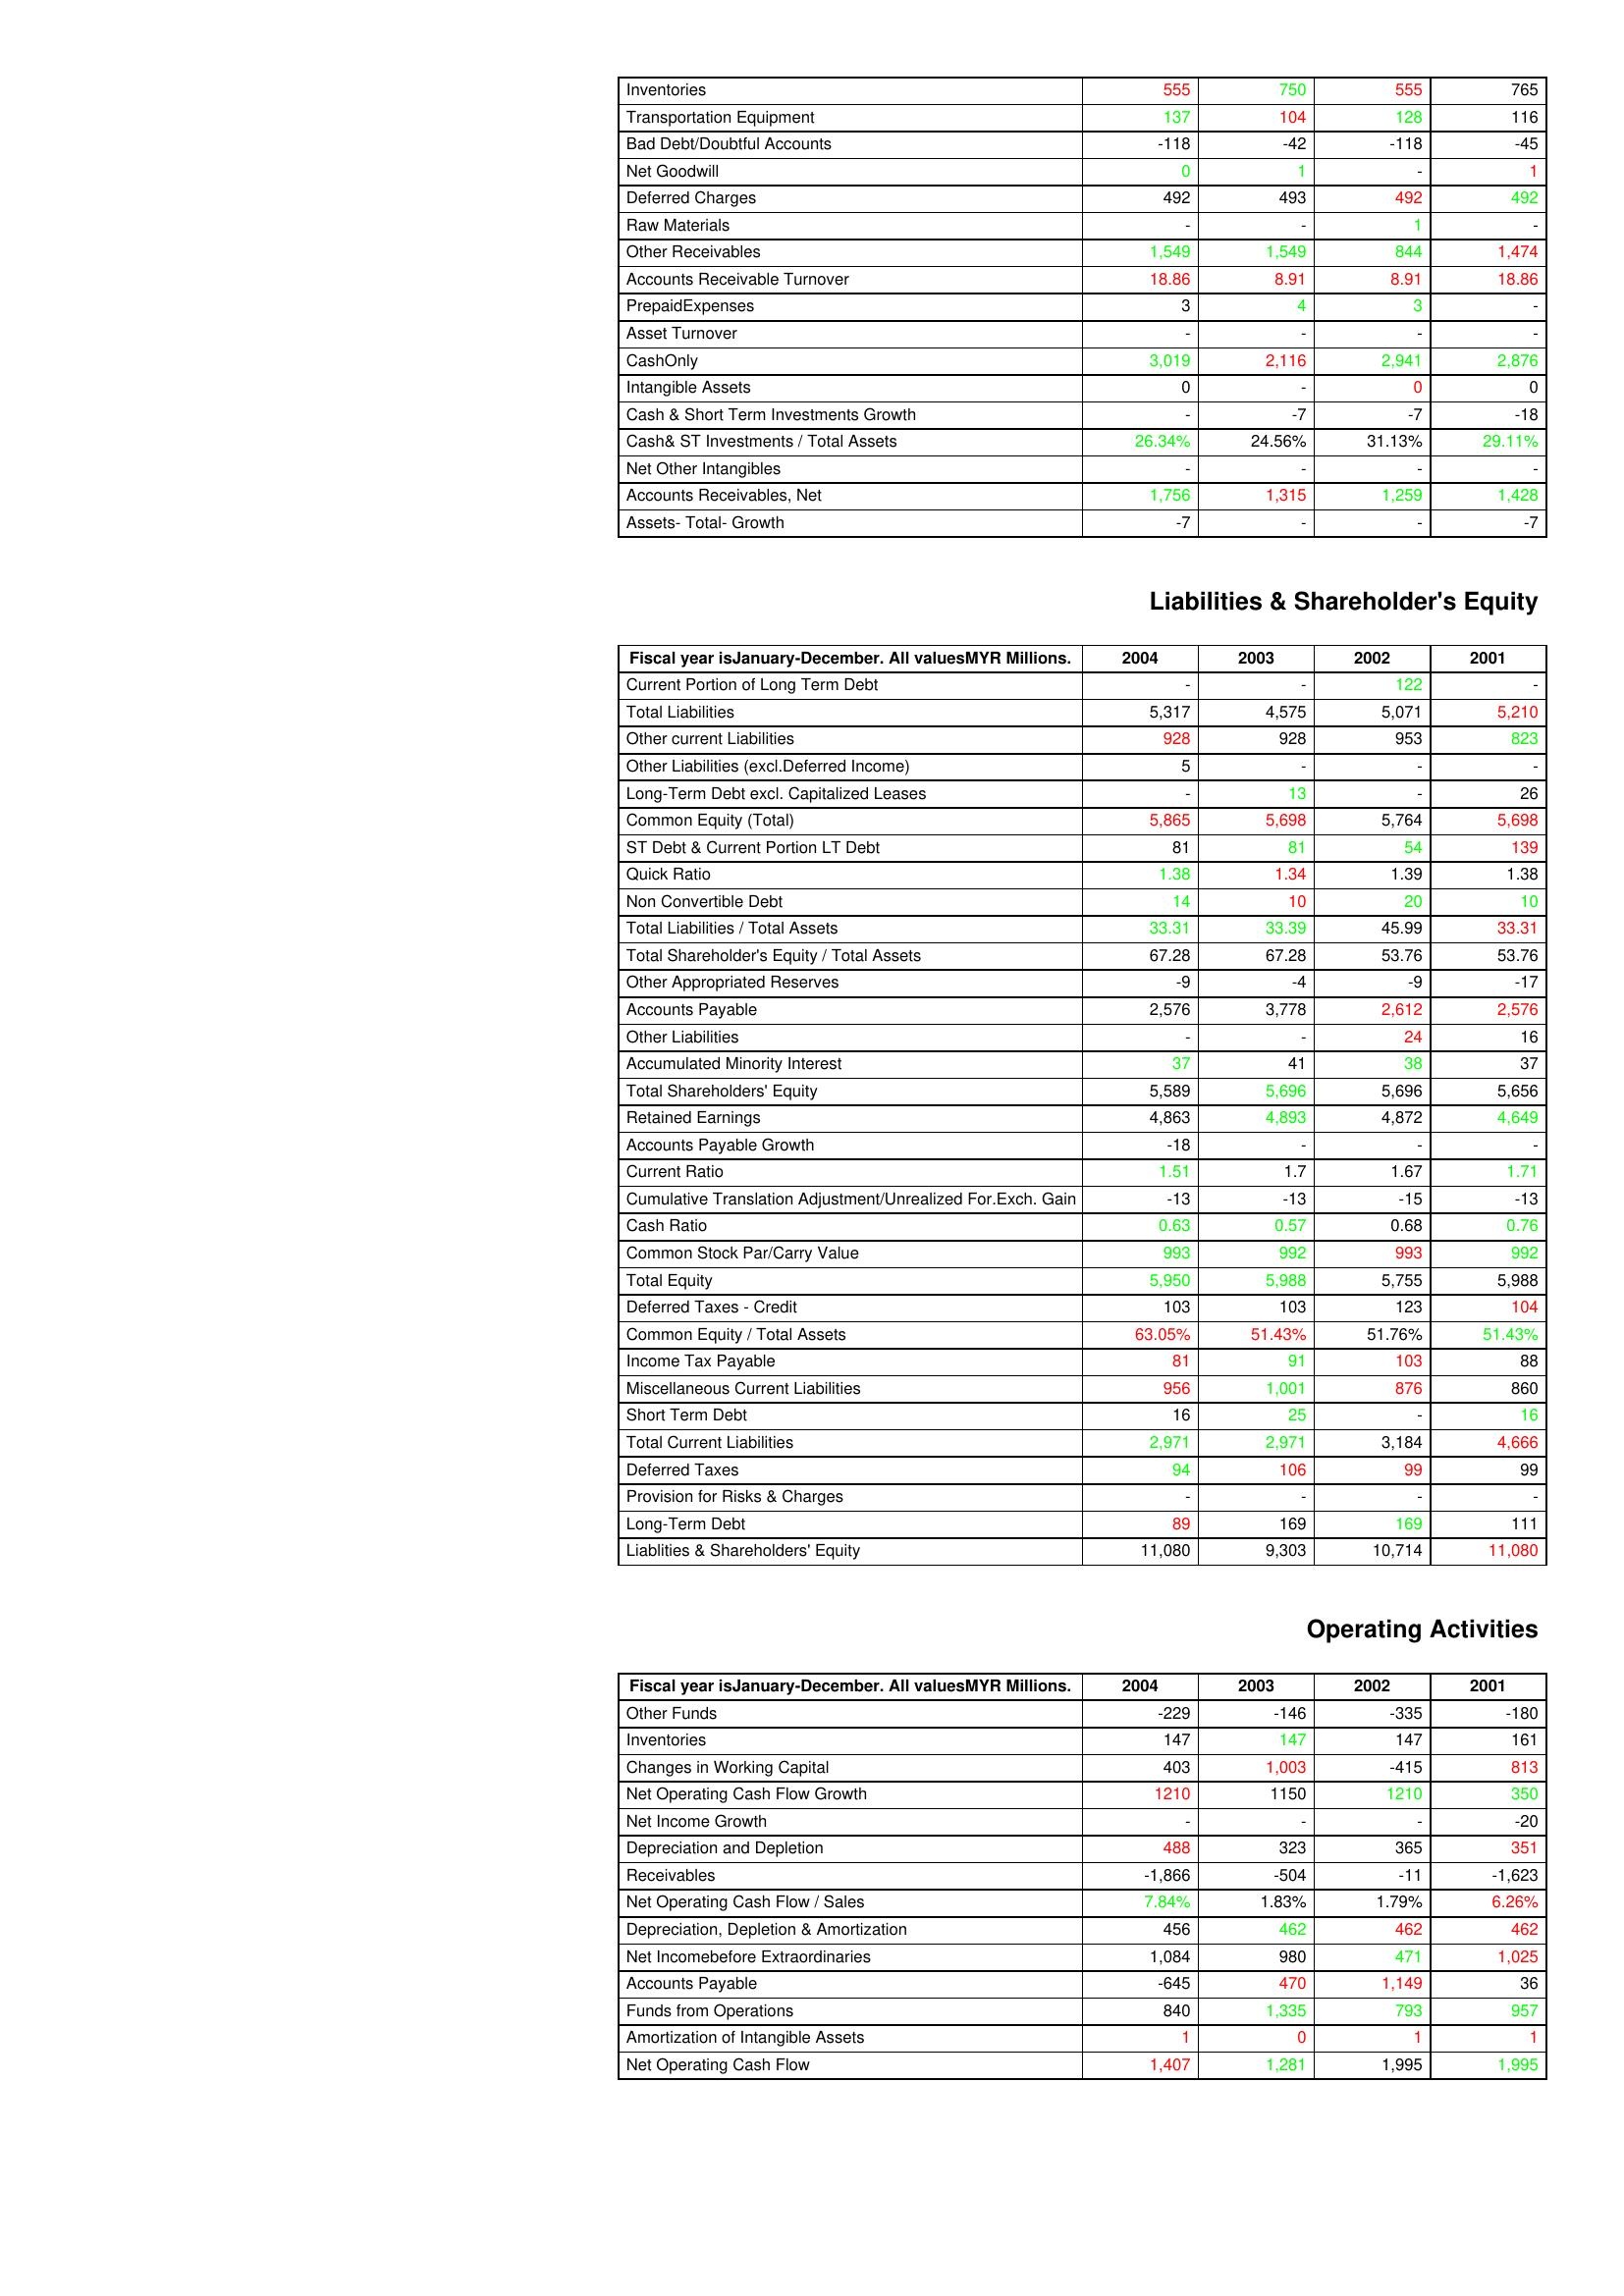
gt_parse: 2004: Assets: Inventories: 555
Transportation Equipment: 137
Bad Debt/Doubtful Accounts: -118
Net Goodwill: 0
Deferred Charges: 492
Raw Materials: -
Other Receivables: 1,549
Accounts Receivable Turnover: 18.86
PrepaidExpenses: 3
Asset Turnover: -
CashOnly: 3,019
Intangible Assets: 0
Cash & Short Term Investments Growth: -
Cash& ST Investments / Total Assets: 26.34%
Net Other Intangibles: -
Accounts Receivables, Net: 1,756
Assets- Total- Growth: -7
Liabilities & Shareholder's Equity: Current Portion of Long Term Debt: -
Total Liabilities: 5,317
Other current Liabilities: 928
Other Liabilities (excl.Deferred Income): 5
Long-Term Debt excl. Capitalized Leases: -
Common Equity (Total): 5,865
ST Debt & Current Portion LT Debt: 81
Quick Ratio: 1.38
Non Convertible Debt: 14
Total Liabilities / Total Assets: 33.31
Total Shareholder's Equity / Total Assets: 67.28
Other Appropriated Reserves: -9
Accounts Payable: 2,576
Other Liabilities: -
Accumulated Minority Interest: 37
Total Shareholders' Equity: 5,589
Retained Earnings: 4,863
Accounts Payable Growth: -18
Current Ratio: 1.51
Cumulative Translation Adjustment/Unrealized For.Exch. Gain: -13
Cash Ratio: 0.63
Common Stock Par/Carry Value: 993
Total Equity: 5,950
Deferred Taxes - Credit: 103
Common Equity / Total Assets: 63.05%
Income Tax Payable: 81
Miscellaneous Current Liabilities: 956
Short Term Debt: 16
Total Current Liabilities: 2,971
Deferred Taxes: 94
Provision for Risks & Charges: -
Long-Term Debt: 89
Liablities & Shareholders' Equity: 11,080
Operating Activities: Other Funds: -229
Inventories: 147
Changes in Working Capital: 403
Net Operating Cash Flow Growth: 1210
Net Income Growth: -
Depreciation and Depletion: 488
Receivables: -1,866
Net Operating Cash Flow / Sales: 7.84%
Depreciation, Depletion & Amortization: 456
Net Incomebefore Extraordinaries: 1,084
Accounts Payable: -645
Funds from Operations: 840
Amortization of Intangible Assets: 1
Net Operating Cash Flow: 1,407
2003: Assets: Inventories: 750
Transportation Equipment: 104
Bad Debt/Doubtful Accounts: -42
Net Goodwill: 1
Deferred Charges: 493
Raw Materials: -
Other Receivables: 1,549
Accounts Receivable Turnover: 8.91
PrepaidExpenses: 4
Asset Turnover: -
CashOnly: 2,116
Intangible Assets: -
Cash & Short Term Investments Growth: -7
Cash& ST Investments / Total Assets: 24.56%
Net Other Intangibles: -
Accounts Receivables, Net: 1,315
Assets- Total- Growth: -
Liabilities & Shareholder's Equity: Current Portion of Long Term Debt: -
Total Liabilities: 4,575
Other current Liabilities: 928
Other Liabilities (excl.Deferred Income): -
Long-Term Debt excl. Capitalized Leases: 13
Common Equity (Total): 5,698
ST Debt & Current Portion LT Debt: 81
Quick Ratio: 1.34
Non Convertible Debt: 10
Total Liabilities / Total Assets: 33.39
Total Shareholder's Equity / Total Assets: 67.28
Other Appropriated Reserves: -4
Accounts Payable: 3,778
Other Liabilities: -
Accumulated Minority Interest: 41
Total Shareholders' Equity: 5,696
Retained Earnings: 4,893
Accounts Payable Growth: -
Current Ratio: 1.7
Cumulative Translation Adjustment/Unrealized For.Exch. Gain: -13
Cash Ratio: 0.57
Common Stock Par/Carry Value: 992
Total Equity: 5,988
Deferred Taxes - Credit: 103
Common Equity / Total Assets: 51.43%
Income Tax Payable: 91
Miscellaneous Current Liabilities: 1,001
Short Term Debt: 25
Total Current Liabilities: 2,971
Deferred Taxes: 106
Provision for Risks & Charges: -
Long-Term Debt: 169
Liablities & Shareholders' Equity: 9,303
Operating Activities: Other Funds: -146
Inventories: 147
Changes in Working Capital: 1,003
Net Operating Cash Flow Growth: 1150
Net Income Growth: -
Depreciation and Depletion: 323
Receivables: -504
Net Operating Cash Flow / Sales: 1.83%
Depreciation, Depletion & Amortization: 462
Net Incomebefore Extraordinaries: 980
Accounts Payable: 470
Funds from Operations: 1,335
Amortization of Intangible Assets: 0
Net Operating Cash Flow: 1,281
2002: Assets: Inventories: 555
Transportation Equipment: 128
Bad Debt/Doubtful Accounts: -118
Net Goodwill: -
Deferred Charges: 492
Raw Materials: 1
Other Receivables: 844
Accounts Receivable Turnover: 8.91
PrepaidExpenses: 3
Asset Turnover: -
CashOnly: 2,941
Intangible Assets: 0
Cash & Short Term Investments Growth: -7
Cash& ST Investments / Total Assets: 31.13%
Net Other Intangibles: -
Accounts Receivables, Net: 1,259
Assets- Total- Growth: -
Liabilities & Shareholder's Equity: Current Portion of Long Term Debt: 122
Total Liabilities: 5,071
Other current Liabilities: 953
Other Liabilities (excl.Deferred Income): -
Long-Term Debt excl. Capitalized Leases: -
Common Equity (Total): 5,764
ST Debt & Current Portion LT Debt: 54
Quick Ratio: 1.39
Non Convertible Debt: 20
Total Liabilities / Total Assets: 45.99
Total Shareholder's Equity / Total Assets: 53.76
Other Appropriated Reserves: -9
Accounts Payable: 2,612
Other Liabilities: 24
Accumulated Minority Interest: 38
Total Shareholders' Equity: 5,696
Retained Earnings: 4,872
Accounts Payable Growth: -
Current Ratio: 1.67
Cumulative Translation Adjustment/Unrealized For.Exch. Gain: -15
Cash Ratio: 0.68
Common Stock Par/Carry Value: 993
Total Equity: 5,755
Deferred Taxes - Credit: 123
Common Equity / Total Assets: 51.76%
Income Tax Payable: 103
Miscellaneous Current Liabilities: 876
Short Term Debt: -
Total Current Liabilities: 3,184
Deferred Taxes: 99
Provision for Risks & Charges: -
Long-Term Debt: 169
Liablities & Shareholders' Equity: 10,714
Operating Activities: Other Funds: -335
Inventories: 147
Changes in Working Capital: -415
Net Operating Cash Flow Growth: 1210
Net Income Growth: -
Depreciation and Depletion: 365
Receivables: -11
Net Operating Cash Flow / Sales: 1.79%
Depreciation, Depletion & Amortization: 462
Net Incomebefore Extraordinaries: 471
Accounts Payable: 1,149
Funds from Operations: 793
Amortization of Intangible Assets: 1
Net Operating Cash Flow: 1,995
2001: Assets: Inventories: 765
Transportation Equipment: 116
Bad Debt/Doubtful Accounts: -45
Net Goodwill: 1
Deferred Charges: 492
Raw Materials: -
Other Receivables: 1,474
Accounts Receivable Turnover: 18.86
PrepaidExpenses: -
Asset Turnover: -
CashOnly: 2,876
Intangible Assets: 0
Cash & Short Term Investments Growth: -18
Cash& ST Investments / Total Assets: 29.11%
Net Other Intangibles: -
Accounts Receivables, Net: 1,428
Assets- Total- Growth: -7
Liabilities & Shareholder's Equity: Current Portion of Long Term Debt: -
Total Liabilities: 5,210
Other current Liabilities: 823
Other Liabilities (excl.Deferred Income): -
Long-Term Debt excl. Capitalized Leases: 26
Common Equity (Total): 5,698
ST Debt & Current Portion LT Debt: 139
Quick Ratio: 1.38
Non Convertible Debt: 10
Total Liabilities / Total Assets: 33.31
Total Shareholder's Equity / Total Assets: 53.76
Other Appropriated Reserves: -17
Accounts Payable: 2,576
Other Liabilities: 16
Accumulated Minority Interest: 37
Total Shareholders' Equity: 5,656
Retained Earnings: 4,649
Accounts Payable Growth: -
Current Ratio: 1.71
Cumulative Translation Adjustment/Unrealized For.Exch. Gain: -13
Cash Ratio: 0.76
Common Stock Par/Carry Value: 992
Total Equity: 5,988
Deferred Taxes - Credit: 104
Common Equity / Total Assets: 51.43%
Income Tax Payable: 88
Miscellaneous Current Liabilities: 860
Short Term Debt: 16
Total Current Liabilities: 4,666
Deferred Taxes: 99
Provision for Risks & Charges: -
Long-Term Debt: 111
Liablities & Shareholders' Equity: 11,080
Operating Activities: Other Funds: -180
Inventories: 161
Changes in Working Capital: 813
Net Operating Cash Flow Growth: 350
Net Income Growth: -20
Depreciation and Depletion: 351
Receivables: -1,623
Net Operating Cash Flow / Sales: 6.26%
Depreciation, Depletion & Amortization: 462
Net Incomebefore Extraordinaries: 1,025
Accounts Payable: 36
Funds from Operations: 957
Amortization of Intangible Assets: 1
Net Operating Cash Flow: 1,995